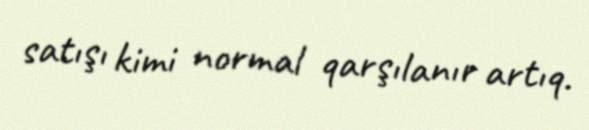
satışı kimi normal qarşılanır artıq.